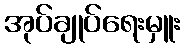
အုပ်ချုပ်ရေးမှူး